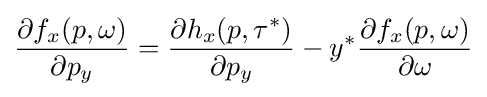
{\frac {\partial f_{x}(p,\omega )}{\partial p_{y}}}={\frac {\partial h_{x}(p,\tau ^{*})}{\partial p_{y}}}-y^{*}{\frac {\partial f_{x}(p,\omega )}{\partial \omega }}